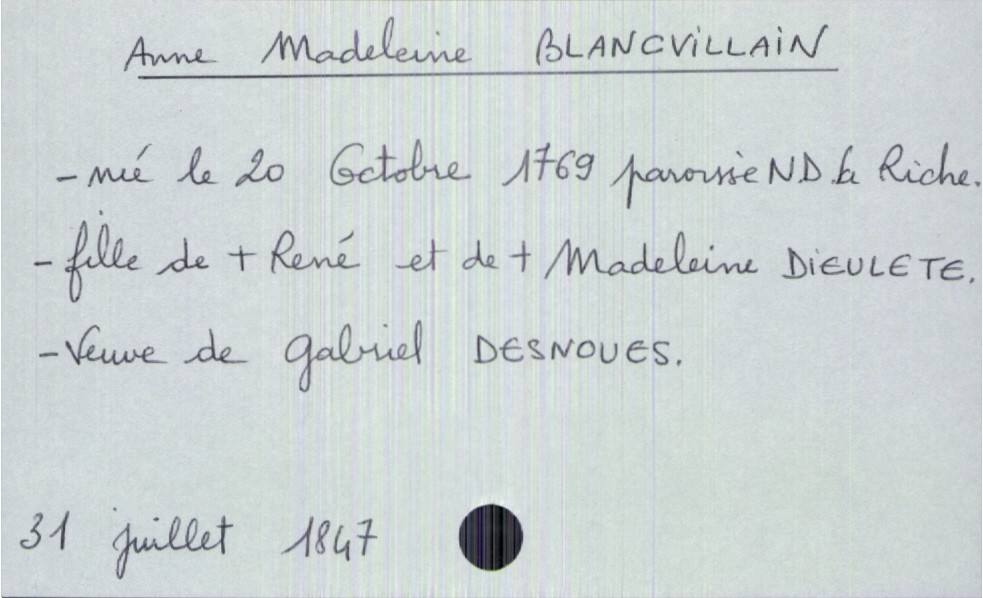
type_acte: Décès
année: 31
mois: juillet
jour: 1847
défunt_nom: Blancvillain
défunt_prénom: Anne Madeleine
défunt_sexe: F
défunt_date_de_naissance: 20 octobre 1769
défunt_lieu_de_naissance: paroisse Notre Dame La Riche
défunt_statut: veuf(ve)
père_défunt_statut: décédé
mère_défunt_statut: décédée